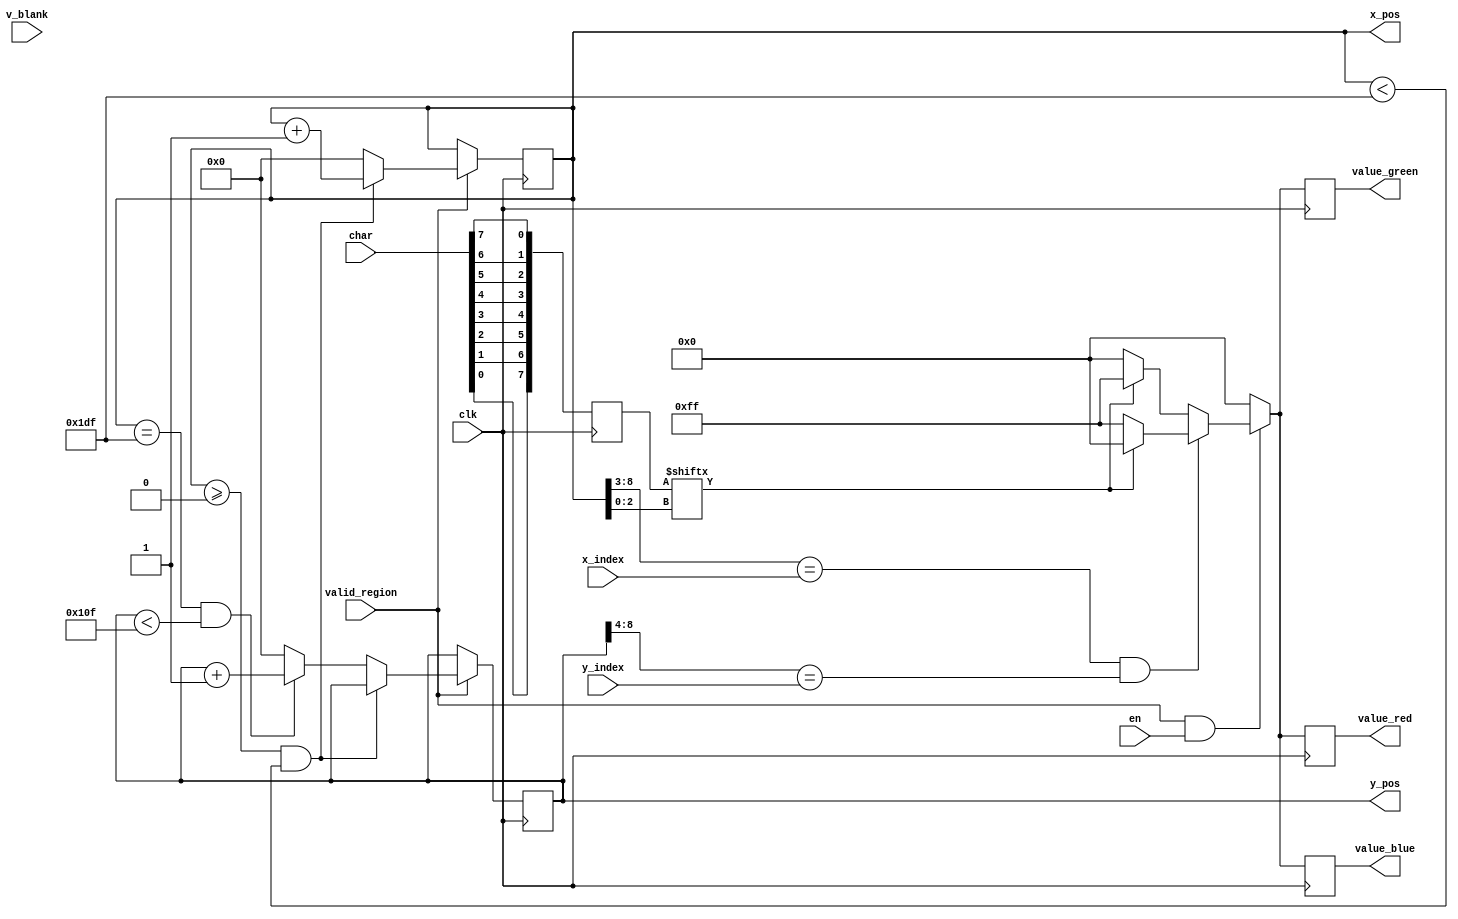
// Does that actual displaying of data
// JRG170, VXS182
module disp_highlight 
	(
		input clk, en,
      input valid_region, v_blank,
		input [5 : 0] x_index,
		input [4 : 0] y_index,
		input [7 : 0] char,
      output reg [ 7: 0 ] value_red, value_green, value_blue,
		output reg [9 : 0] x_pos, y_pos
	);
	
reg [7 : 0] flippedChar;

always @(posedge clk) begin
	flippedChar = {char[0], char[1], char[2], char[3], char[4], char[5], char[6], char[7]};
end
	
always @(posedge clk) begin
	if ( valid_region && en ) begin
		if (x_pos[8 : 3] == x_index && y_pos[8 : 4] == y_index) begin	// Shift by 3 = /8, Shift by 4 = /16 HIGHLIGHT REGION
			if (flippedChar[x_pos[2 : 0]] == 0) begin
				value_red <= 8'b11111111;
				value_green <= 8'b11111111;
				value_blue <= 8'b11111111;
			end else begin
				value_red <= 1'b0;
				value_green <= 1'b0;
				value_blue <= 1'b0;
			end
		end else begin																	// REGULAR REGION
			if (flippedChar[x_pos[2 : 0]] == 0) begin
				value_red <= 1'b0;
				value_green <= 1'b0;
				value_blue <= 1'b0;
			end else begin
				value_red <= 8'b11111111;
				value_green <= 8'b11111111;
				value_blue <= 8'b11111111;
			end
		end
    end
    else begin
        value_red <= 1'b0;
        value_green <= 1'b0;
        value_blue <= 1'b0;
    end
end

always @(posedge clk) begin
	if (valid_region) begin
		if (x_pos >= 0 && x_pos < 479) begin 
			x_pos <= x_pos + 1'b1;
			y_pos <= y_pos;
		end else if (x_pos == 479 && y_pos < 271) begin
			y_pos <= y_pos + 1'b1;
			x_pos <= 0;
		end else begin
			y_pos <= 0;
			x_pos <= 0;
		end
	end else begin
		x_pos <= x_pos;
		y_pos <= y_pos;
	end
end

			
	
	
endmodule